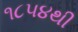
૧૮૫૪થી